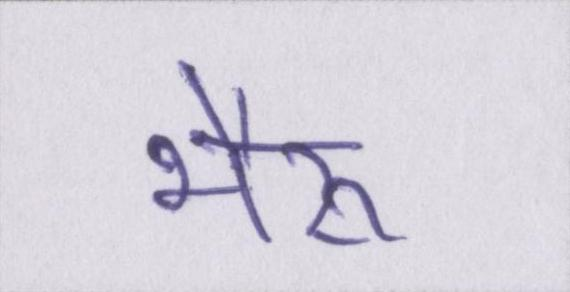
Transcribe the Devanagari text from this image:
भैरू